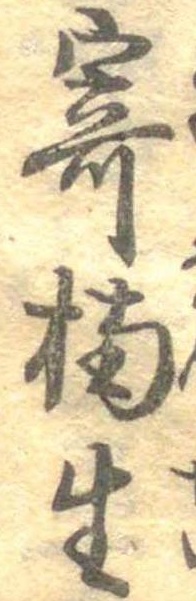
寄楠生